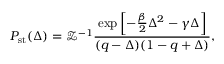
P _ { \mathrm { s t } } ( \Delta ) = \mathcal { Z } ^ { - 1 } \frac { \mathrm { e x p } \left[ - \frac { \beta } { 2 } \Delta ^ { 2 } - \gamma \Delta \right] } { ( q - \Delta ) ( 1 - q + \Delta ) } ,